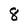
Character: 8